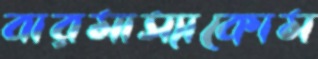
বারমাস্যাকোম